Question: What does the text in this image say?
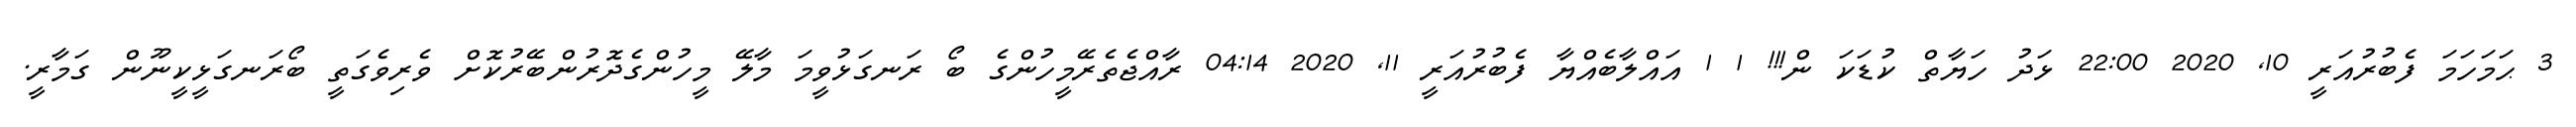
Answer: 3 ޙަމަހަމަ ފެބުރުއަރީ 10, 2020 22:00 ޅަދު ހަޔާތް ކުޑަކަ ން!!! 1 1 އައްލާބެއްޔާ ފެބުރުއަރީ 11, 2020 04:14 ރާއްޖެތެރޭމީހުންގެ ބޯ ރަނގަޅުވީމަ މާލޭ މީހުންގެދޮރުންބޭރުކޮށް ވެރިވެގަތީ ބޯރަނގަޅީކީނޫން ގަމާރީ.